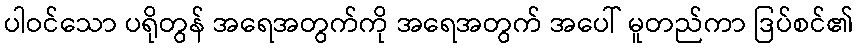
ပါဝင်သော ပရိုတွန် အရေအတွက်ကို အရေအတွက် အပေါ် မူတည်ကာ ဒြပ်စင်၏